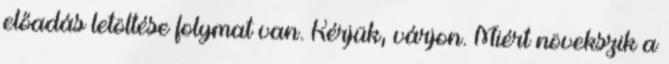
előadás letöltése folymat van. Kérjük, várjon. Miért növekszik a